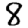
Digit: 8